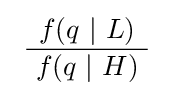
\ {\frac {f(q\ |\ L)}{\ f(q\ |\ H)\ }}\